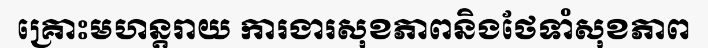
គ្រោះមហន្តរាយ ការងារសុខភាពនិងថែទាំសុខភាព